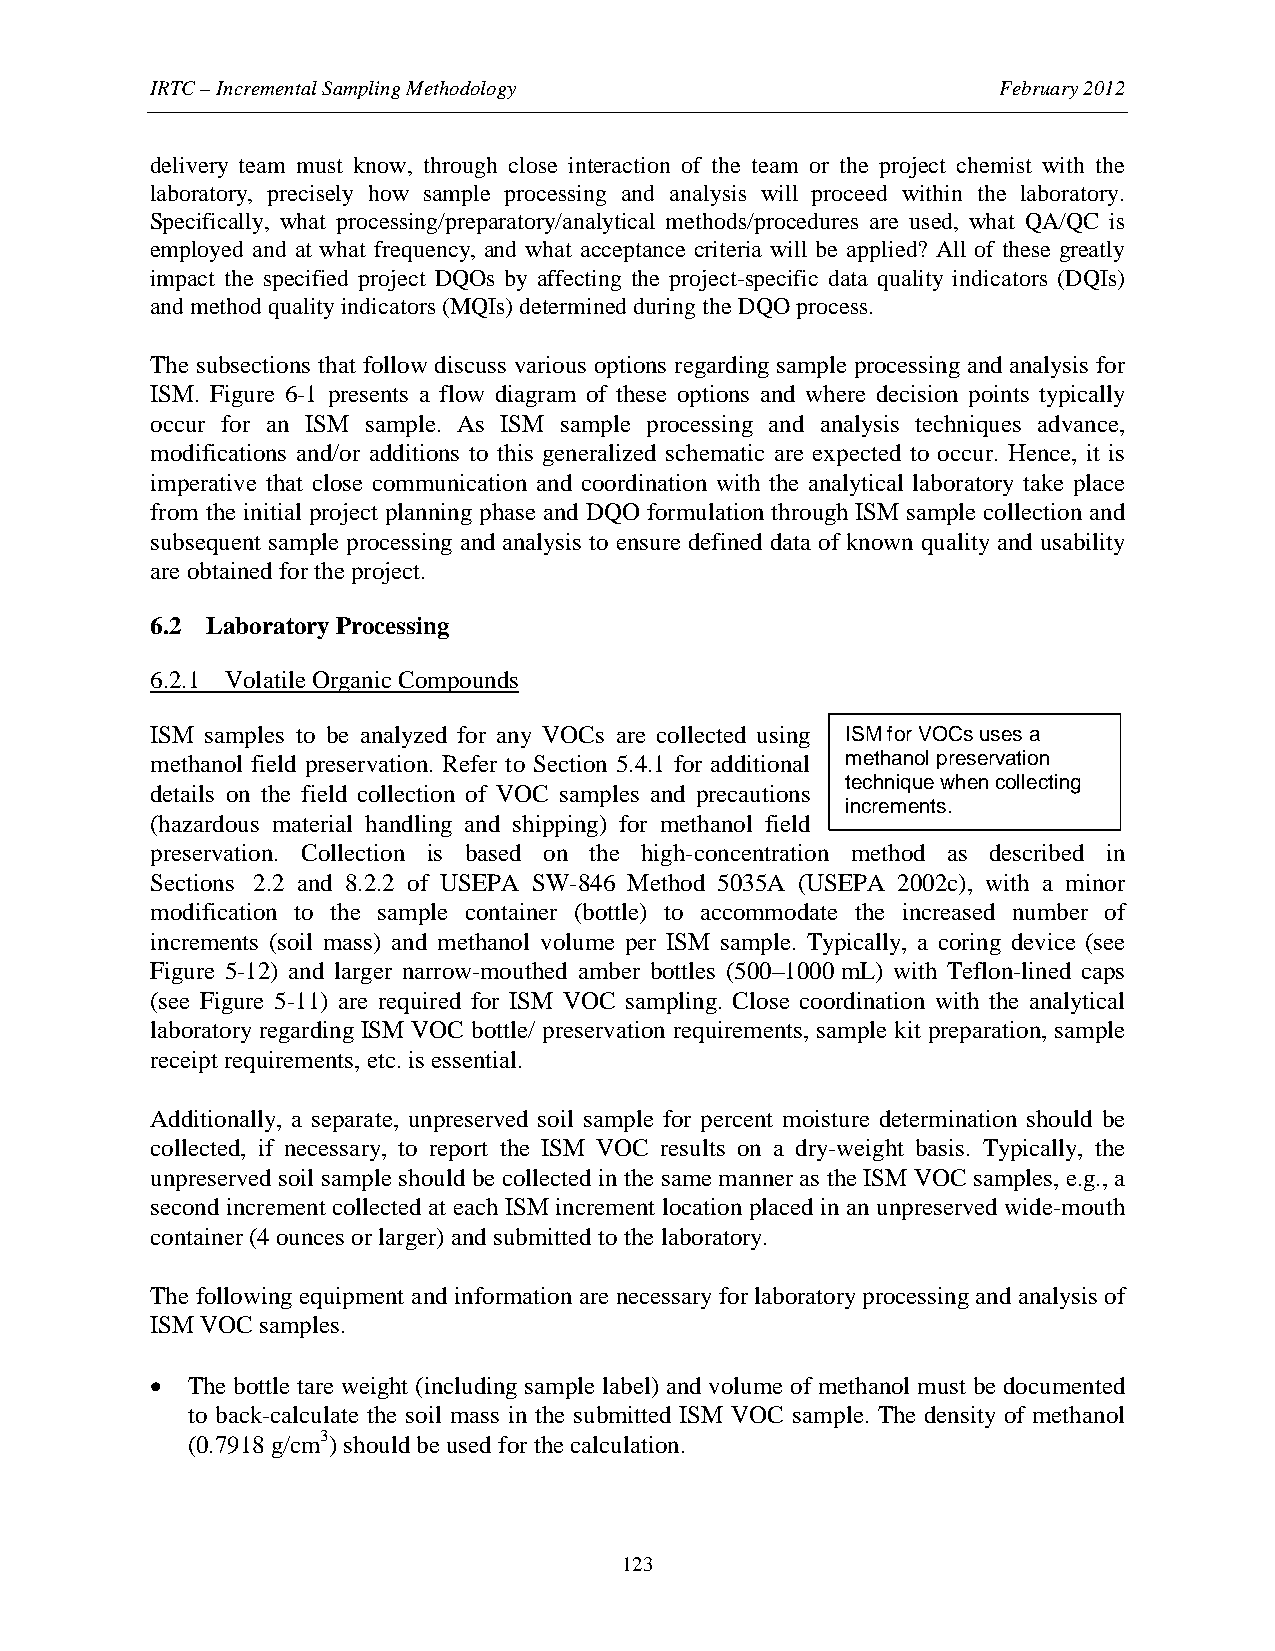
IRTC – Incremental Sampling Methodology                 February 2012
 delivery team must know, through close interaction of the team or the project chemist with the
 laboratory, precisely how sample processing and analysis will proceed within the laboratory.
 Specifically, what processing/preparatory/analytical methods/procedures are used, what QA/QC is
 employed and at what frequency, and what acceptance criteria will be applied? All of these greatly
 impact the specified project DQOs by affecting the project-specific data quality indicators (DQIs)
 and method quality indicators (MQIs) determined during the DQO process.
 The subsections that follow discuss various options regarding sample processing and analysis for
 ISM. Figure 6-1 presents a flow diagram of these options and where decision points typically
 occur for an ISM sample. As ISM sample processing and analysis techniques advance,
 modifications and/or additions to this generalized schematic are expected to occur. Hence, it is
 imperative that close communication and coordination with the analytical laboratory take place
 from the initial project planning phase and DQO formulation through ISM sample collection and
 subsequent sample processing and analysis to ensure defined data of known quality and usability
 are obtained for the project.
 6.2 Laboratory Processing
 6.2.1 Volatile Organic Compounds
 ISM samples to be analyzed for any VOCs are collected using ISM for VOCs uses a
 methanol field preservation. Refer to Section 5.4.1 for additional methanol preservation
 technique when collecting
 details on the field collection of VOC samples and precautions
 increments.
 (hazardous material handling and shipping) for methanol field
 preservation. Collection is based on the high-concentration method as described in
 Sections 2.2 and 8.2.2 of USEPA SW-846 Method 5035A (USEPA 2002c), with a minor
 modification to the sample container (bottle) to accommodate the increased number of
 increments (soil mass) and methanol volume per ISM sample. Typically, a coring device (see
 Figure 5-12) and larger narrow-mouthed amber bottles (500–1000 mL) with Teflon-lined caps
 (see Figure 5-11) are required for ISM VOC sampling. Close coordination with the analytical
 laboratory regarding ISM VOC bottle/ preservation requirements, sample kit preparation, sample
 receipt requirements, etc. is essential.
 Additionally, a separate, unpreserved soil sample for percent moisture determination should be
 collected, if necessary, to report the ISM VOC results on a dry-weight basis. Typically, the
 unpreserved soil sample should be collected in the same manner as the ISM VOC samples, e.g., a
 second increment collected at each ISM increment location placed in an unpreserved wide-mouth
 container (4 ounces or larger) and submitted to the laboratory.
 The following equipment and information are necessary for laboratory processing and analysis of
 ISM VOC samples.
 • The bottle tare weight (including sample label) and volume of methanol must be documented
 to back-calculate the soil mass in the submitted ISM VOC sample. The density of methanol
 (0.7918 g/cm3) should be used for the calculation.
 123